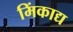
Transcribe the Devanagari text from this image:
मिंकाद्य